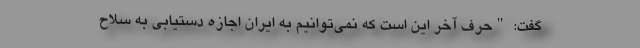
گفت: "حرف آخر این است که نمی‌توانیم به ایران اجازه دستیابی به سلاح